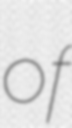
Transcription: of